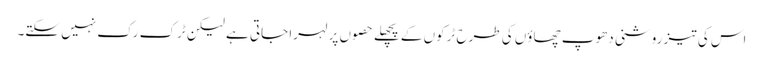
اس کی تیز روشنی دھوپ چھاؤں کی طرح ٹرکوں کے پچھلے حصوں پر لہرا جاتی ہے لیکن ٹرک رک نہیں سکتے۔